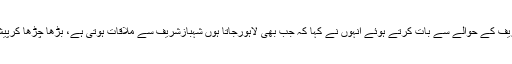
شہباز شریف کے حوالے سے بات کرتے ہوئے انہوں نے کہا کہ جب بھی لاہورجاتا ہوں شہبازشریف سے ملاقات ہوتی ہے، بڑھا چڑھا کرپیش کیا گیا۔